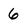
Character: 6